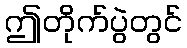
ဤတိုက်ပွဲတွင်